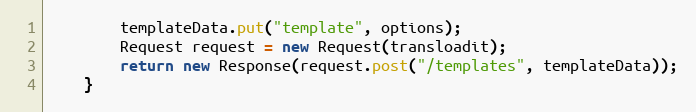
Language: Java
        templateData.put("template", options);
        Request request = new Request(transloadit);
        return new Response(request.post("/templates", templateData));
    }